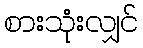
စားသုံးလျှင်